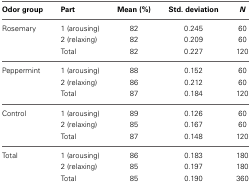
<table><thead><tr><td><b>Odor group</b></td><td><b>Part</b></td><td><b>Mean (%)</b></td><td><b>Std. deviation</b></td><td><b><i>N</i></b></td></tr></thead><tbody><tr><td>Rosemary</td><td>1 (arousing)</td><td>82</td><td>0.245</td><td>60</td></tr><tr><td></td><td>2 (relaxing)</td><td>82</td><td>0.209</td><td>60</td></tr><tr><td></td><td>Total</td><td>82</td><td>0.227</td><td>120</td></tr><tr><td>Peppermint</td><td>1 (arousing)</td><td>88</td><td>0.152</td><td>60</td></tr><tr><td></td><td>2 (relaxing)</td><td>86</td><td>0.212</td><td>60</td></tr><tr><td></td><td>Total</td><td>87</td><td>0.184</td><td>120</td></tr><tr><td>Control</td><td>1 (arousing)</td><td>89</td><td>0.126</td><td>60</td></tr><tr><td></td><td>2 (relaxing)</td><td>85</td><td>0.167</td><td>60</td></tr><tr><td></td><td>Total</td><td>87</td><td>0.148</td><td>120</td></tr><tr><td>Total</td><td>1 (arousing)</td><td>86</td><td>0.183</td><td>180</td></tr><tr><td></td><td>2 (relaxing)</td><td>85</td><td>0.197</td><td>180</td></tr><tr><td></td><td>Total</td><td>85</td><td>0.190</td><td>360</td></tr></tbody></table>